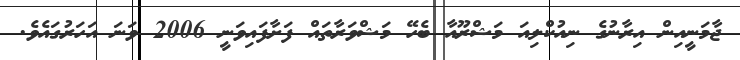
ޖާމަނީއިން އިރާނުގެ ނިއުކްލިއަ މަޝްރޫއާ ބެހޭ މަޝްވަރާތައް ފަށާފައިވަނީ 2006 ވަނަ އަހަރުގައެވެ.